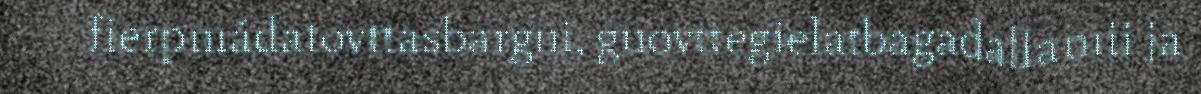
fierpmádatovttasbargui, guovttegielatbagadallamii ja